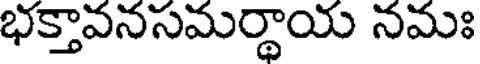
భక్తావనసమర్థాయ నమః